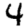
Digit: 4